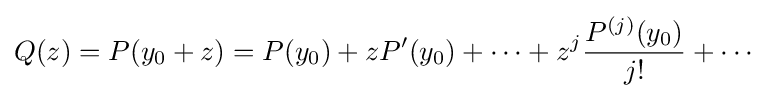
Q(z)=P(y_{0}+z)=P(y_{0})+zP'(y_{0})+\cdots +z^{j}{\frac {P^{(j)}(y_{0})}{j!}}+\cdots